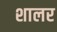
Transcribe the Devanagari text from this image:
शालर